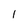
Character: 1